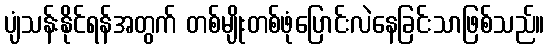
ပျံသန်းနိုင်ရန်အတွက် တစ်မျိုးတစ်ဖုံပြောင်းလဲနေခြင်းသာဖြစ်သည်။